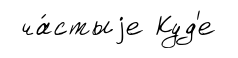
ча́стыjе Куд'е